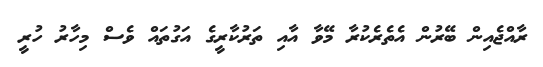
ރާއްޖެއިން ބޭރުން އެތެރެކުރާ މޭވާ އާއި ތަރުކާރީގެ އަގުތައް ވެސް މިހާރު ހުރީ